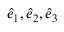
{ \hat { e } _ { 1 } , \hat { e } _ { 2 } , \hat { e } _ { 3 } }